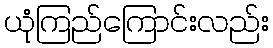
ယုံကြည်ကြောင်းလည်း